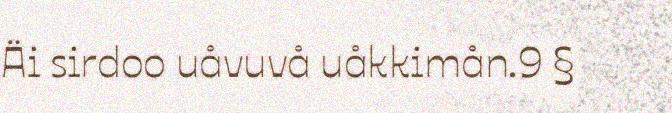
Äi sirdoo uåvuvå uåkkimån.9 §